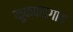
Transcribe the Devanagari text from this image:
कुक्कडगाव